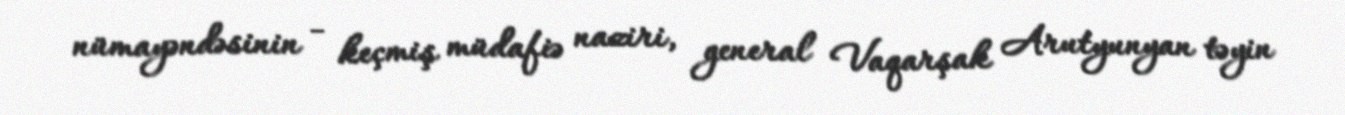
nümayəndəsinin - keçmiş müdafiə naziri, general Vaqarşak Arutyunyan təyin